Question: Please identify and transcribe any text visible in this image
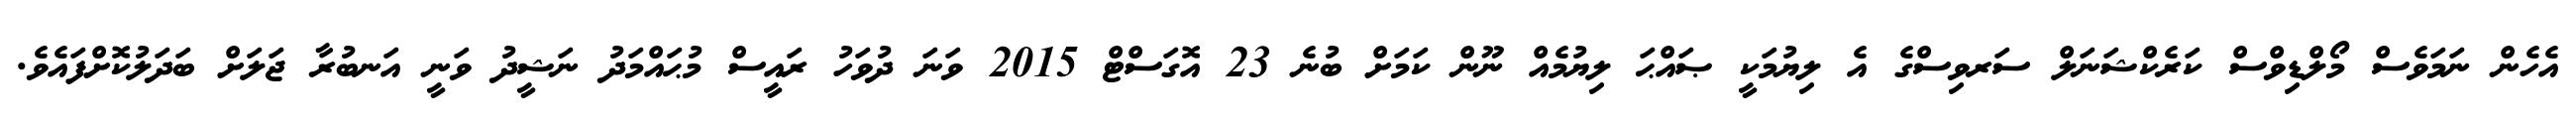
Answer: އެހެން ނަމަވެސް މޯލްޑިވްސް ކަރެކްޝަނަލް ސަރވިސްގެ އެ ލިޔުމަކީ ޞައްޙަ ލިޔުމެއް ނޫން ކަމަށް ބުނެ 23 އޮގަސްޓް 2015 ވަނަ ދުވަހު ރައީސް މުޙައްމަދު ނަޝީދު ވަނީ އަނބުރާ ޖަލަށް ބަދަލުކޮށްފައެވެ.